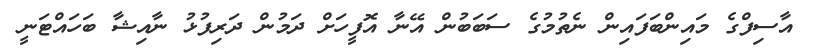
އާސިފްގެ މައިންބަފައިން ނެތުމުގެ ސަބަބުން އޭނާ އޮފީހަށް ދަމުން ދަރިފުޅު ނާއިޝާ ބަހައްޓަނީ